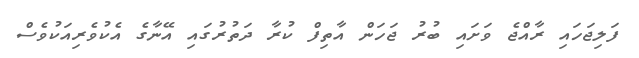
ފަލިޖަހައި ރާއްޖެ ވަށައި ބުރު ޖަހަން އާތިފް ކުރާ ދަތުރުގައި އޭނާގެ އެކުވެރިއަކުވެސް